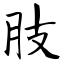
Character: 肢